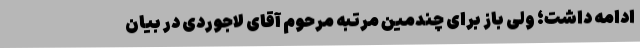
ادامه داشت؛ ولی باز برای چندمین مرتبه مرحوم آقای لاجوردی در بیان